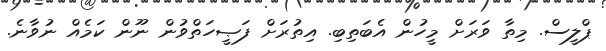
ޕްލީސް. މިތާ ވަރަށް މީހުން އެބަތިބި. އިތުރަށް ފަޞީހަތްވުން ނޫން ކަމެއް ނުވާނެ.